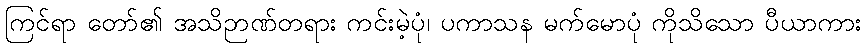
ကြင်ရာ တော်၏ အသိဉာဏ်တရား ကင်းမဲ့ပုံ၊ ပကာသန မက်မောပုံ ကိုသိသော ပီယာကား